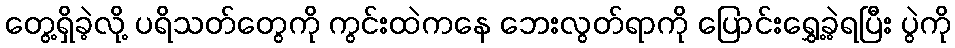
တွေ့ရှိခဲ့လို့ ပရိသတ်တွေကို ကွင်းထဲကနေ ဘေးလွတ်ရာကို ပြောင်းရွှေ့ခဲ့ရပြီး ပွဲကို